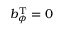
b _ { \phi } ^ { \mathrm { T } } = 0